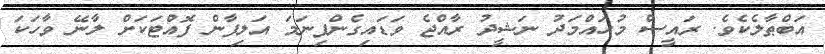
އަބްޠާލެކެވެ. ރައީސް މުޙައްމަދު ނަޝީދު ރާއްޖެ ވަޑައިގެންފިނަމަ އަލިފާން ފޮއްޓަކަށް ލާނޭ ވާހަކަ